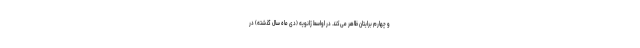
و چهارم برایتان ظاهر می‌کند. در اواسط ژانویه (دی ماه سال گذشته) در